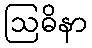
ဩဓိနာ